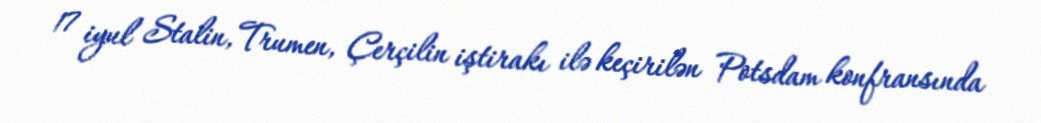
17 iyul Stalin, Trumen, Çerçilin iştirakı ilə keçirilən Potsdam konfransında